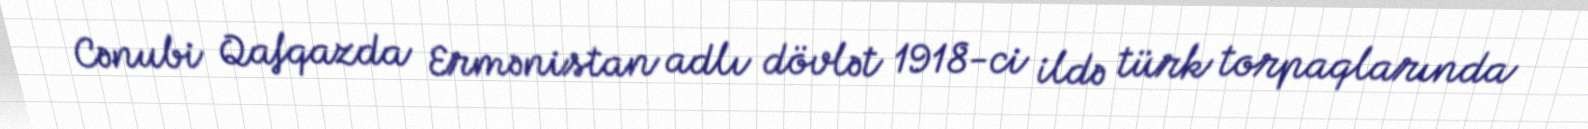
Cənubi Qafqazda Ermənistan adlı dövlət 1918-ci ildə türk torpaqlarında